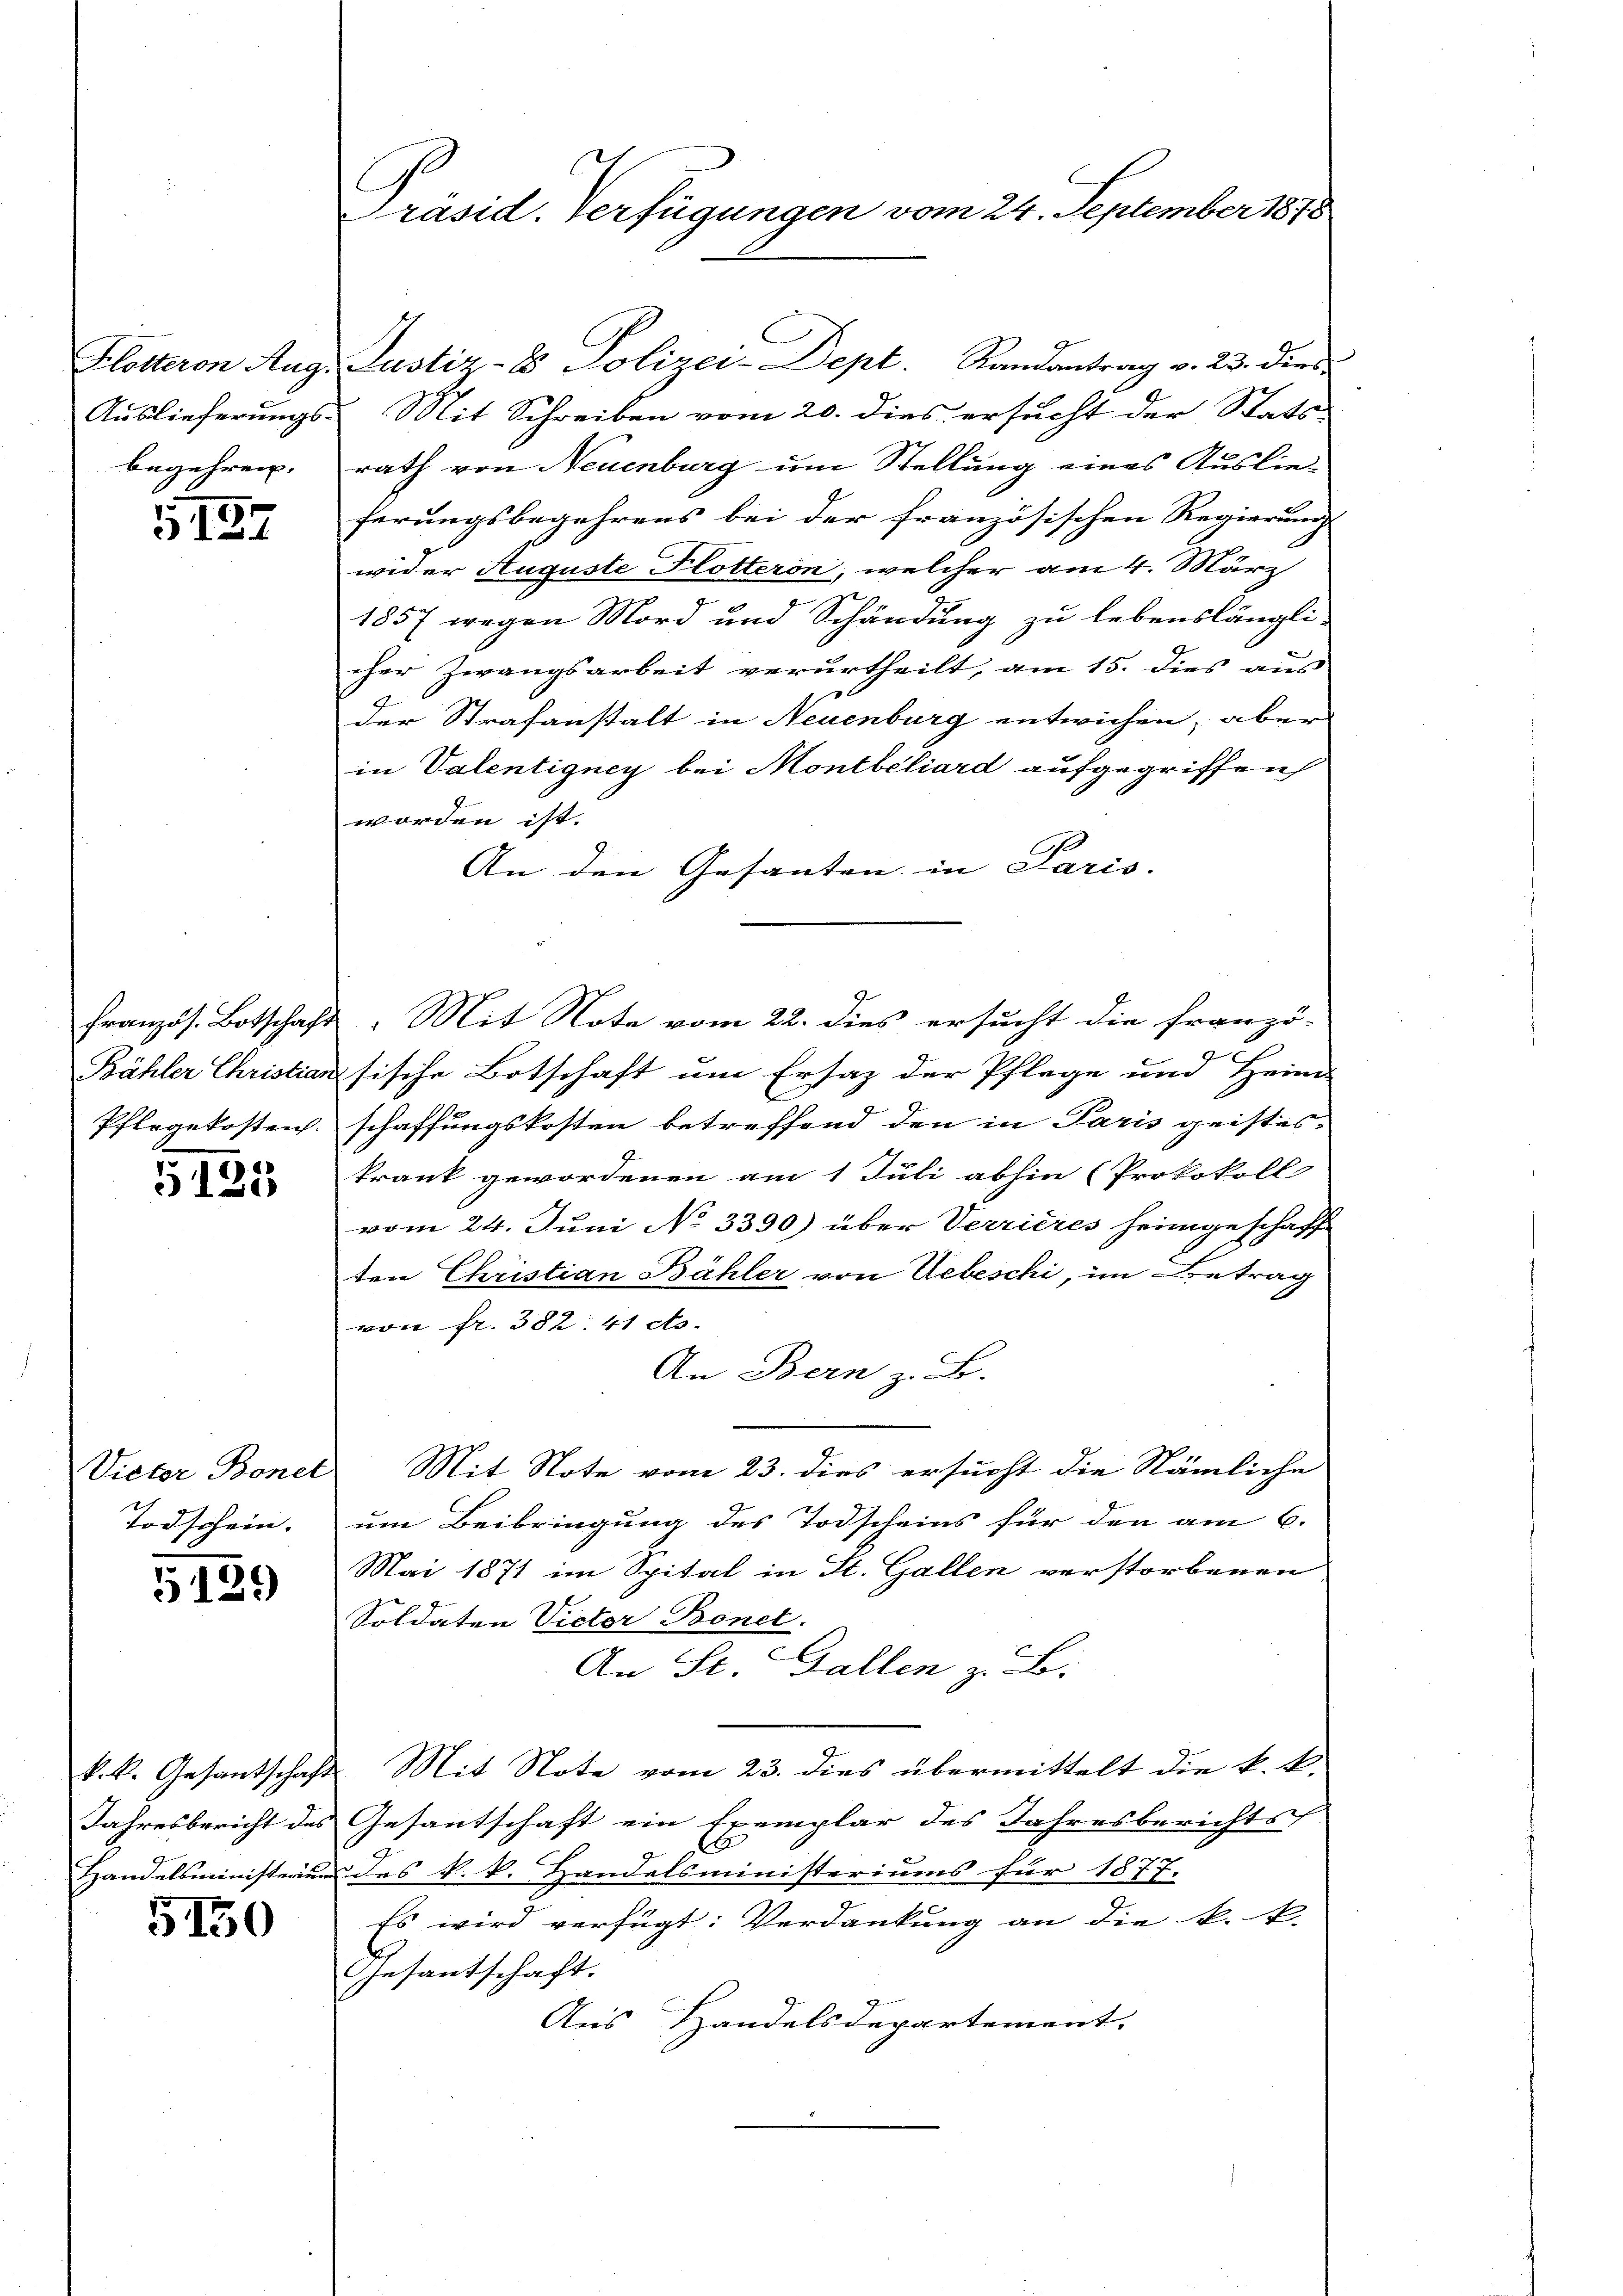
Kletteron Aug.
Auslieferungs-
begehren.

127

Französ. Botschaft
Bähler Christia
Pflegekosten.

5125

Victor Bonet
Todschein.

5129

k. k. Gesandschafts
Jahresbericht des
Handelsministraum

5150

Präsid. Verfügungen vom 24. September 1878

Mit Schreiben vom 20. dies ersucht der Stats-
rath von Neuenburg um Stellung eines Auslie-
ferungsbegehrens bei der französischen Regierung
wider Auguste Flotteron, welcher am 4. März
1857 wegen Mord und Schändung zu lebenslängli-
cher Zwangsarbeit verurtheilt, am 15. dies aus
der Strafanstalt in Neuenburg entwichen, aber
in Valentigney bei Montbeliard aufgegriffen
worden ist. |
An den Gesanten in Paris.
Mit Note vom 22. dies ersucht die Franzö-
s
sische Botschaft um Ersatz der Pflege und Heim
schaffungskosten betreffend den in Paris geistes-
krank gewordenen am 1 Juli abhin (Protokoll
vom 24. Juni No 3390) über Verrieres heimgeschaff
ten Christian Bähler von Uebeschi, im Betrag
von fr. 382. 41 cts.
An Bern z. B.
Mit Note vom 23. dies ersucht die Nämliche
um Beibringung des Todscheins für den am 6.
Mai 1871 im Spital in St. Gallen verstorbenen
Soldaten Victor Bonet.
An St. Gallen z. B.
Mit Note vom 23. dies übermittelt die k. t
Gesantschaft ein Exemplar des Jahresberichts
C
ddes k. k. Handelsministeriums für 1877.
Es wird verfügt: Verdankung an die k. k.
Gesantschaft.
Aus Handelsdepartement.

Justiz- & Polizei-Dept. Randantrag v. 23. dies